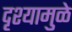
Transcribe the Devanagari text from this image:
दृश्यामुळे